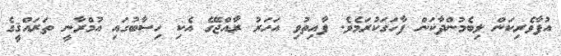
އުފާވެރިކަން ލިބެމުންދާކަން ފާހަގަކުރަމެވެ. ފާއިތުވި އަހަރު ރާއްޖޭގެ އެކި ހިސާބުގައި އުމްރާނީ ތަރައްޤީގެ